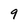
Character: 9